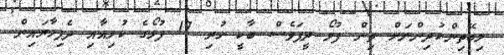
ލިބޭތިންކުދިންނަށް ތިން ފުލޯ ދީފަވެސް ބާކީ ހުރި 17 ފުލޯގެ ކުލިއާއި ދެފިހާރައިން